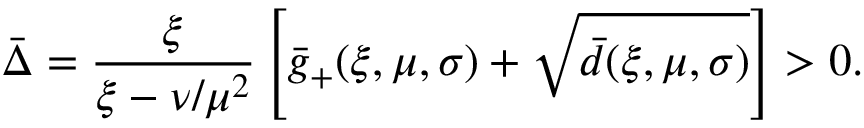
\bar { \Delta } = \frac { \xi } { \xi - \nu / \mu ^ { 2 } } \left[ \bar { g } _ { + } ( \xi , \mu , \sigma ) + \sqrt { \bar { d } ( \xi , \mu , \sigma ) } \right] > 0 .